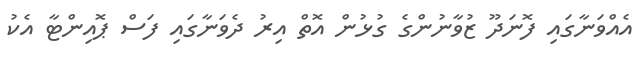
އެއްވަނާގައި ފޮނަދޫ ޒުވާނުންގެ ގުޅުން އޮތް އިރު ދެވަނާގައި ފަސް ޕޮއިންޓާ އެކު